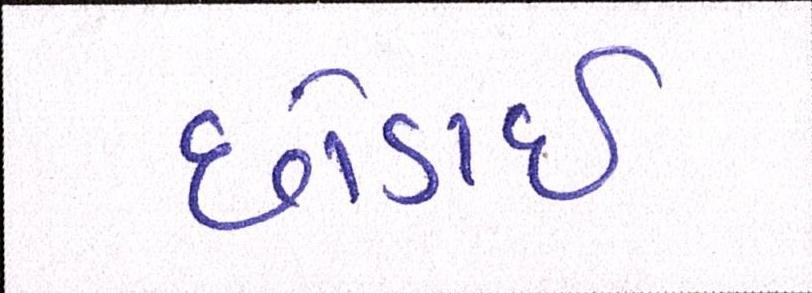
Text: છોડાઈ